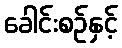
ခေါင်းစဉ်နှင့်